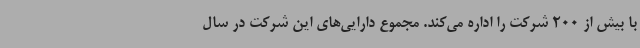
با بیش از 200 شرکت را اداره می‌کند. مجموع دارایی‌های این شرکت در سال